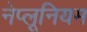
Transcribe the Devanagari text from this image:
नेप्लूनियम